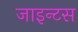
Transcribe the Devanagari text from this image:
जाइन्टस